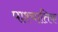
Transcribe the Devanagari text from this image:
पाश्चातिक